画像に写った文字を読んでください
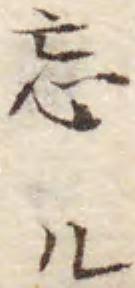
「忘ル」と書いてあります